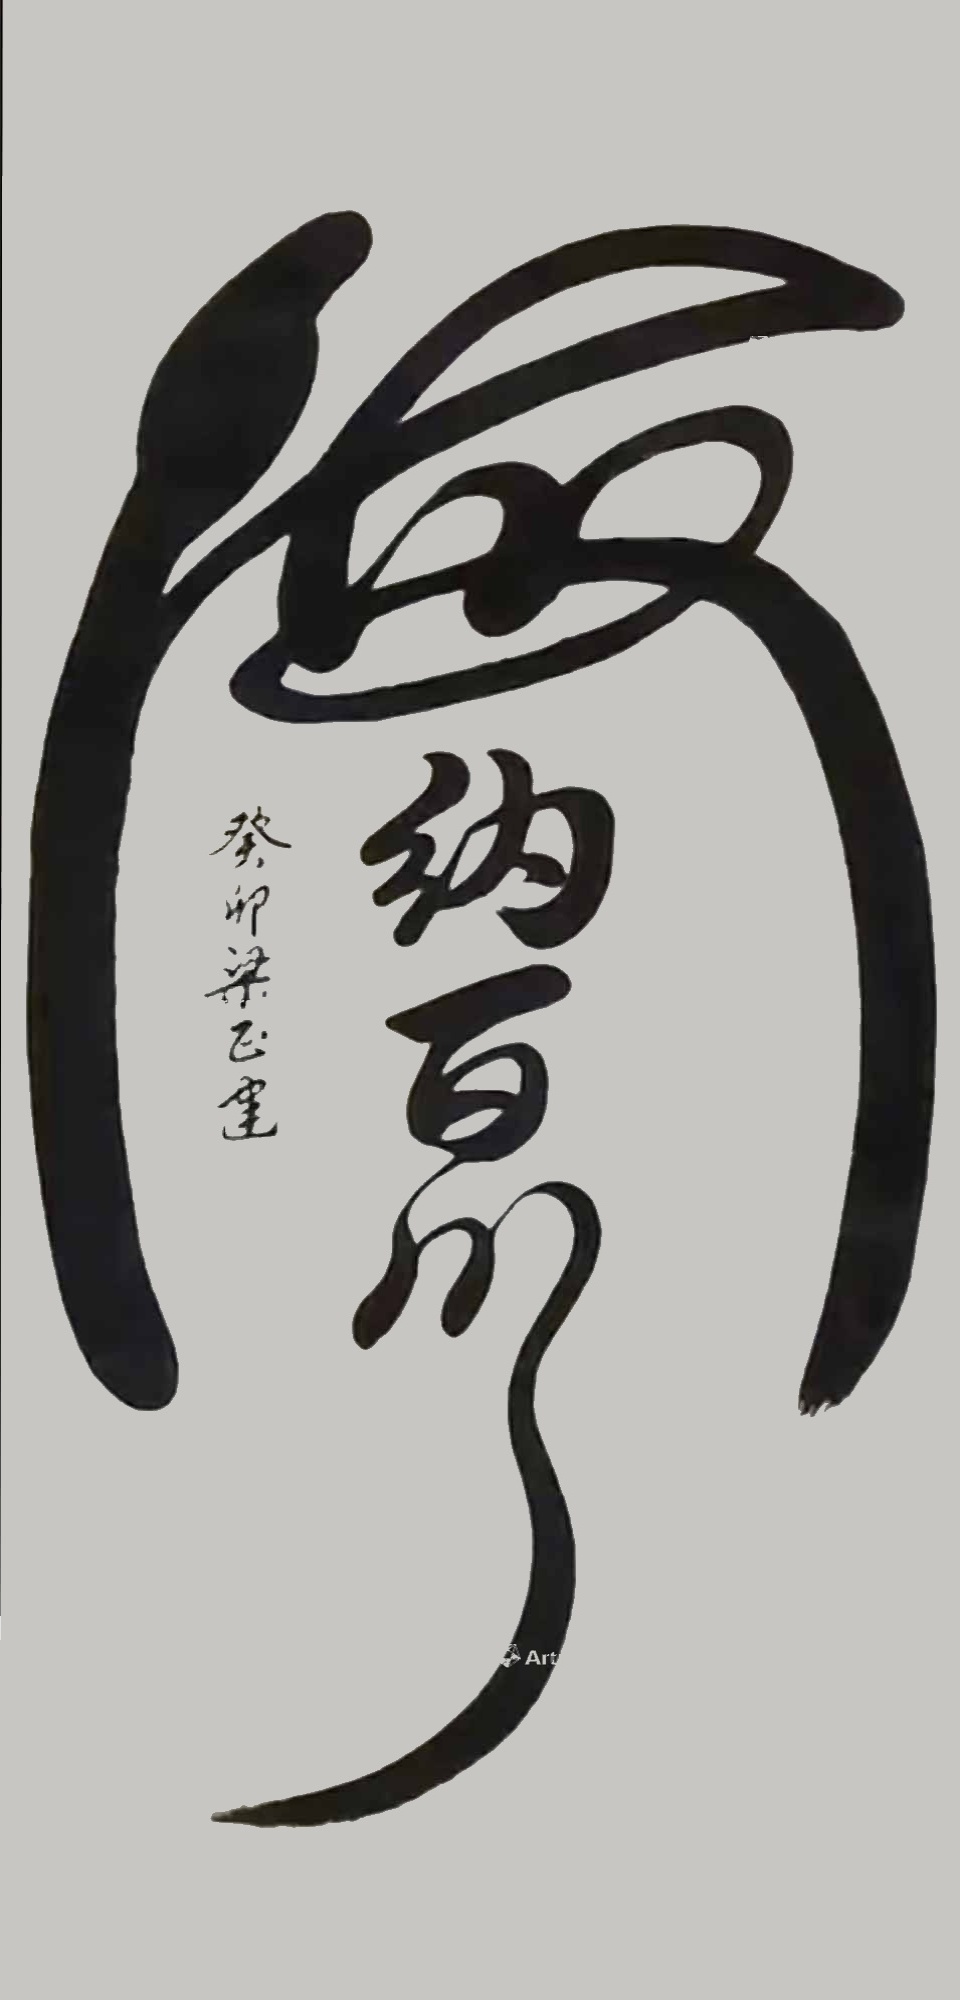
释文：海纳百川癸卯梁正建